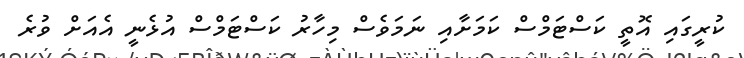
ކުރީގައި އޮތީ ކަސްޓަމްސް ކަމަށާއި ނަމަވެސް މިހާރު ކަސްޓަމްސް އުޅެނީ އެއަށް ވުރެ